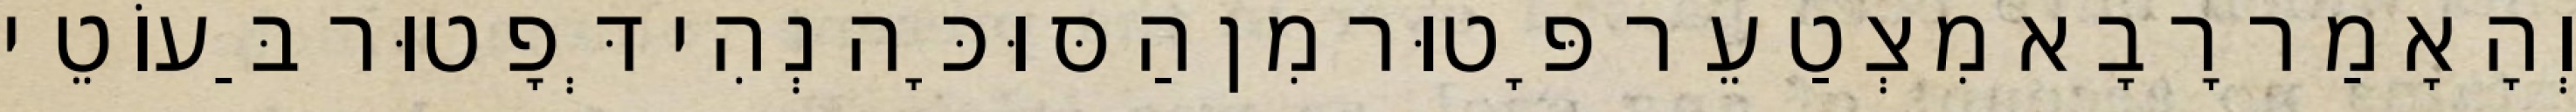
וְהָאָמַר רָבָא מִצְטַעֵר פָּטוּר מִן הַסּוּכָּה נְהִי דְּפָטוּר בַּעוֹטֵי